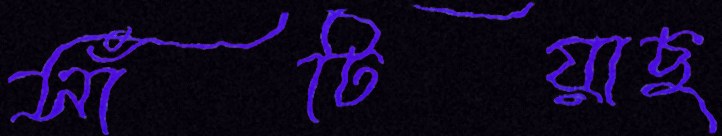
সাঁটিয়াছ